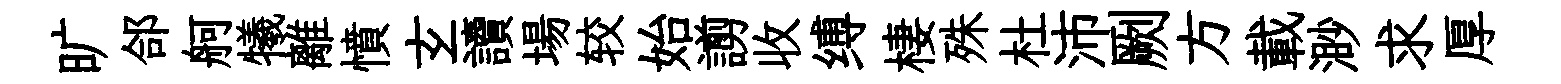
旷郃舸犧離憤𤣥讀場较始謭收缚棲殊杜沛劂方載渺求厚